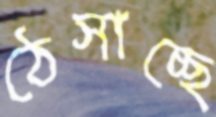
ঠেসাচ্ছে